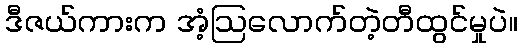
ဒီဇယ်ကားက အံ့ဩလောက်တဲ့တီထွင်မှုပဲ။